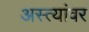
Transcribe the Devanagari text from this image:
अस्त्यांवर